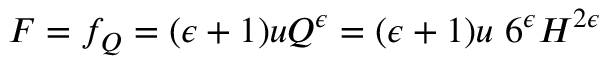
F = f _ { Q } = ( \epsilon + 1 ) u Q ^ { \epsilon } = ( \epsilon + 1 ) u ~ 6 ^ { \epsilon } H ^ { 2 \epsilon }